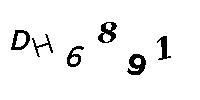
DH6891